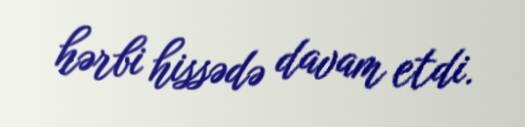
hərbi hissədə davam etdi.